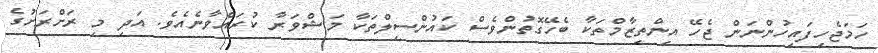
ހަމަޖެހިފައިހުންނަން ޖެހޭ އިންތިޒާމްތަކާ ބެހޭގޮތުންވެސް ކައުންސިލްތަކާ މަޝްވަރާ ކުރައްވާނެއެވެ. އަދި މި ރަށްރަށުގެ